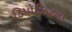
ડિપોઝિટનો